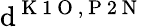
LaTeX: \mathrm{d}^{\mathrm{{~K~1~O~}},\mathrm{{~P~2~N~}}}